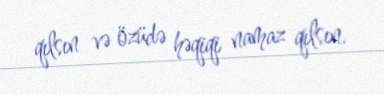
qılsın və özüdə həqiqi namaz qılsın.